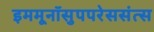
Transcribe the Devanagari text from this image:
इममूनॉसुपपरेससंत्स